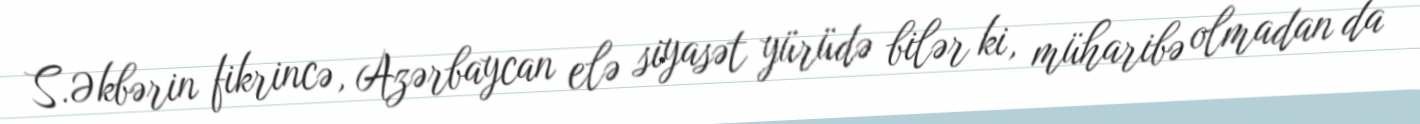
S.Əkbərin fikrincə, Azərbaycan elə siyasət yürüdə bilər ki, müharibə olmadan da